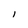
Character: l